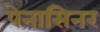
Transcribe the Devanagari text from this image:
पेनासिनर